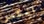
انكسر